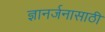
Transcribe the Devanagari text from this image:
ज्ञानर्जनासाठी